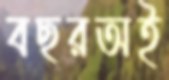
বছরঅই